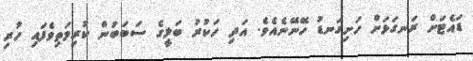
ޑައެޓަށް ރަނގަޅަށް ހަށިގަނޑު ހޭނޭނެއެވެ. އަދި ހަކުރު ބަލީގެ ސަބަބުން ކުރިމަތިވެފައި ހުރި